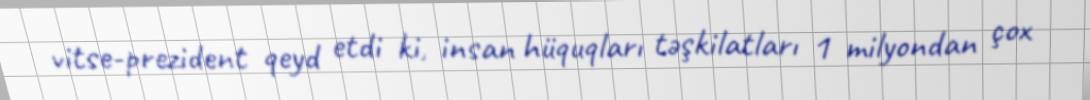
vitse-prezident qeyd etdi ki, insan hüquqları təşkilatları 1 milyondan çox